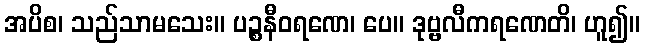
အပိစ၊ သည်သာမသေး။ ပဉ္စနီဝရဏေ၊ ပေ။ ဒုဗ္ဗလီကရဏေတိ၊ ဟူ၍။